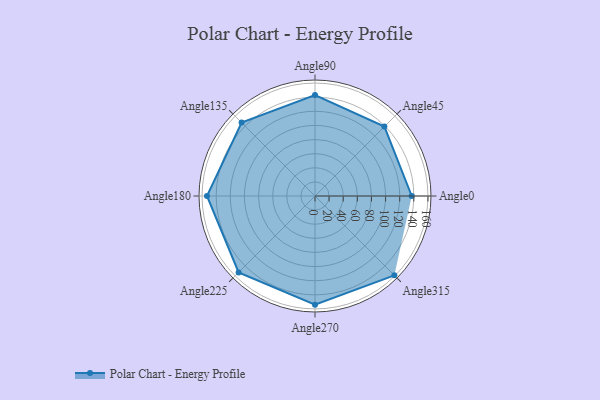
{"axis": {"x": "Angle", "y": "Radius"}, "legend": [""], "data": [{"x": "Angle0", "y": 137.0, "type": ""}, {"x": "Angle45", "y": 139.0, "type": ""}, {"x": "Angle90", "y": 143.0, "type": ""}, {"x": "Angle135", "y": 147.0, "type": ""}, {"x": "Angle180", "y": 153.0, "type": ""}, {"x": "Angle225", "y": 153.0, "type": ""}, {"x": "Angle270", "y": 154.0, "type": ""}, {"x": "Angle315", "y": 159.0, "type": ""}]}